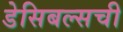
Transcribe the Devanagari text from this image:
डेसिबल्सची